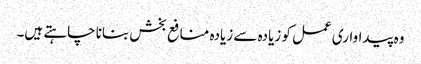
وہ پیداواری عمل کو زیادہ سے زیادہ منافع بخش بنانا چاہتے ہیں۔